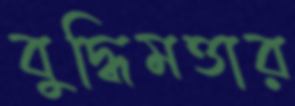
বুদ্ধিমত্তার